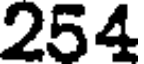
254